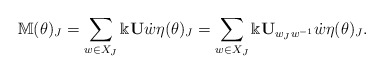
\begin{align*} \mathbb{M}(\theta)_J=\sum_{w\in X_J}\Bbbk{\bf U}\dot{w}\eta(\theta)_J=\sum_{w\in X_J}\Bbbk{\bf U}_{w_Jw^{-1}}\dot{w}\eta(\theta)_J.\end{align*}